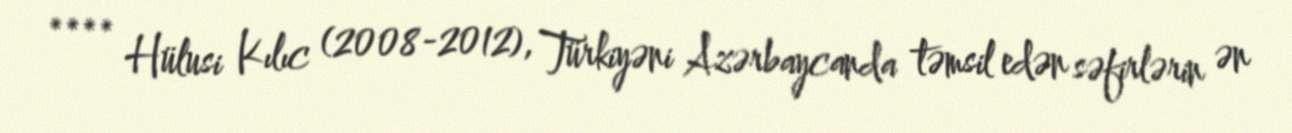
**** Hülusi Kılıc (2008-2012), Türkiyəni Azərbaycanda təmsil edən səfirlərin ən